Vaccination returns of the Province of Eastern Bengal and Assam - 1905-1912
Year: 1905
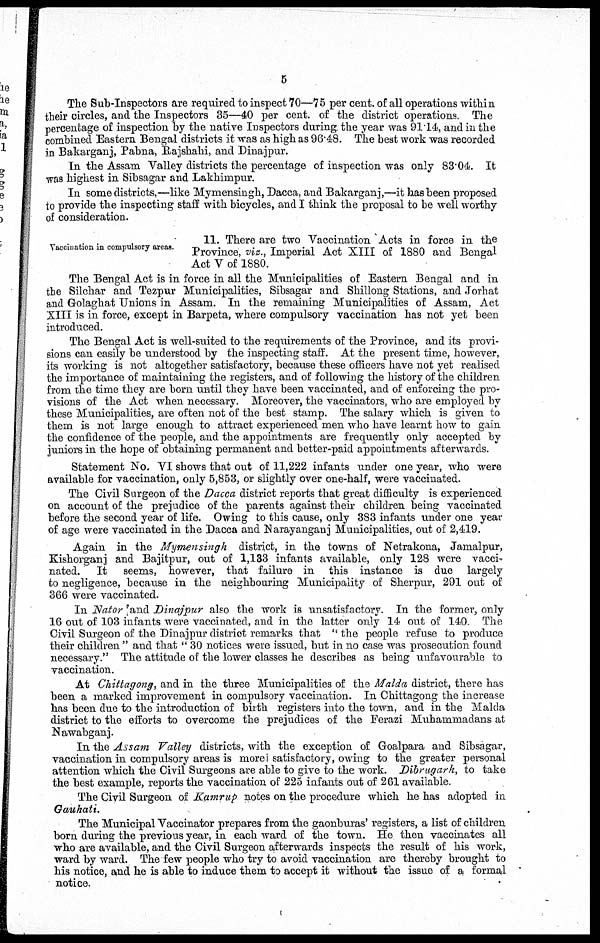
5
The Sub-Inspectors are required to inspect 70—75 per cent. of all operations within
their circles, and the Inspectors 35—40 per cent. of the district operations. The
percentage of inspection by the native Inspectors during the year was 91.14, and in the
combined Eastern Bengal districts it was as high as 96.48. The best work was recorded
in Bakarganj, Pabna, Rajshahi, and Dinajpur.
In the Assam Valley districts the percentage of inspection was only 83.04. It
was highest in Sibsagar and Lakhimpur.
In some districts,—like Mymensingh, Dacca, and Bakarganj,—it has been proposed
to provide the inspecting staff with bicycles, and I think the proposal to be well worthy
of consideration.
Vaccination in compulsory areas.
11. There are two Vaccination Acts in force in the
Province, viz., Imperial Act XIII of 1880 and Bengal
Act V of 1880.
The Bengal Act is in force in all the Municipalities of Eastern Bengal and in
the Silchar and Tezpur Municipalities, Sibsagar and Shillong Stations, and Jorhat
and Golaghat Unions in Assam. In the remaining Municipalities of Assam, Act
XIII is in force, except in Barpeta, where compulsory vaccination has not yet been
introduced.
The Bengal Act is well-suited to the requirements of the Province, and its provi-
sions can easily be understood by the inspecting staff. At the present time, however,
its working is not altogether satisfactory, because these officers have not yet realised
the importance of maintaining the registers, and of following the history of the children
from the time they are born until they have been vaccinated, and of enforcing the pro-
visions of the Act when necessary. Moreover, the vaccinators, who are employed by
these Municipalities, are often not of the best stamp. The salary which is given to
them is not large enough to attract experienced men who have learnt how to gain
the confidence of the people, and the appointments are frequently only accepted by
juniors in the hope of obtaining permanent and better-paid appointments afterwards.
Statement No. VI shows that out of 11,222 infants under one year, who were
available for vaccination, only 5,853, or slightly over one-half, were vaccinated.
The Civil Surgeon of the Dacca district reports that great difficulty is experienced
on account of the prejudice of the parents against their children being vaccinated
before the second year of life. Owing to this cause, only 383 infants under one year
of age were vaccinated in the Dacca and Narayanganj Municipalities, out of 2,419.
Again in the Mymensingh district, in the towns of Netrakona, Jamalpur,
Kishorganj and Bajitpur, out of 1,133 infants available, only 128 were vacci-
nated. It seems, however, that failure in this instance is due largely
to negligence, because in the neighbouring Municipality of Sherpur, 291 out of
366 were vaccinated.
In Nator and Dinajpur also the work is unsatisfactory. In the former, only
16 out of 103 infants were vaccinated, and in the latter only 14 out of 140. The
Civil Surgeon of the Dinajpur district remarks that " the people refuse to produce
their children " and that " 30 notices were issued, but in no case was prosecution found
necessary." The attitude of the lower classes he describes as being unfavourable to
vaccination.
At Chittagong, and in the three Municipalities of the Malda district, there has
been a marked improvement in compulsory vaccination. In Chittagong the increase
has been due to the introduction of birth registers into the town, and in the Malda
district to the efforts to overcome the prejudices of the Ferazi Muhammadans at
Nawabganj.
In the Assam Valley districts, with the exception of Goalpara and Sibsagar,
vaccination in compulsory areas is morel satisfactory, owing to the greater personal
attention which the Civil Surgeons are able to give to the work. Dibrugarh, to take
the best example, reports the vaccination of 225 infants out of 261 available.
The Civil Surgeon of Kamrup notes on the procedure which he has adopted in
Gauhati.
The Municipal Vaccinator prepares from the gaonburas' registers, a list of children
born during the previous year, in each ward of the town. He then vaccinates all
who are available, and the Civil Surgeon afterwards inspects the result of his work,
ward by ward. The few people who try to avoid vaccination are thereby brought to
his notice, and he is able to induce them to accept it without the issue of a formal
notice.